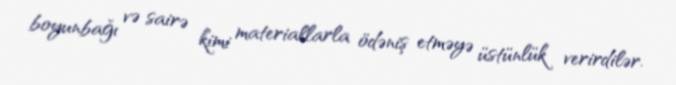
boyunbağı və sairə kimi materiallarla ödəniş etməyə üstünlük verirdilər.